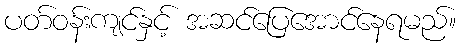
ပတ်ဝန်းကျင်နှင့် အဆင်ပြေအောင်နေရမည်။